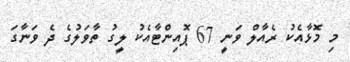
މި މޮޅާއެކު ރެއާލް ވަނީ 67 ޕޮއިންޓާއެކު ލީގު ތާވަލުގެ ދެ ވަނާގަ